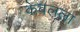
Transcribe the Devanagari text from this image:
केबलला